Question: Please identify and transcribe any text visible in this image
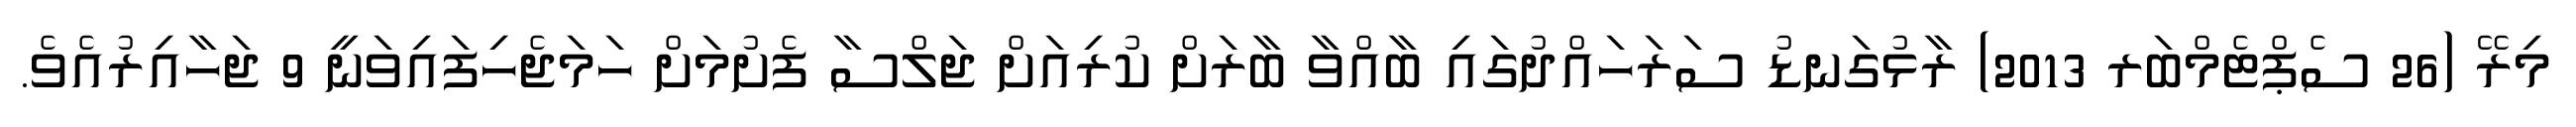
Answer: މިރޭ (26 ސެޕްޓެމްބަރ 2013) ރާޅުގަނޑު ސަރަހައްދުގައި ބާއްވާ ބާރަށް ކުރިއަށް ޖަލްސާ ފެށުމަށް ހަމަޖެހިފައިވަނީ 9 ޖަހާއިރުއެވެ.